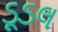
ડૂડલ